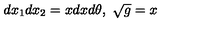
d x _ { 1 } d x _ { 2 } = x d x d \theta , \ \sqrt { g } = x